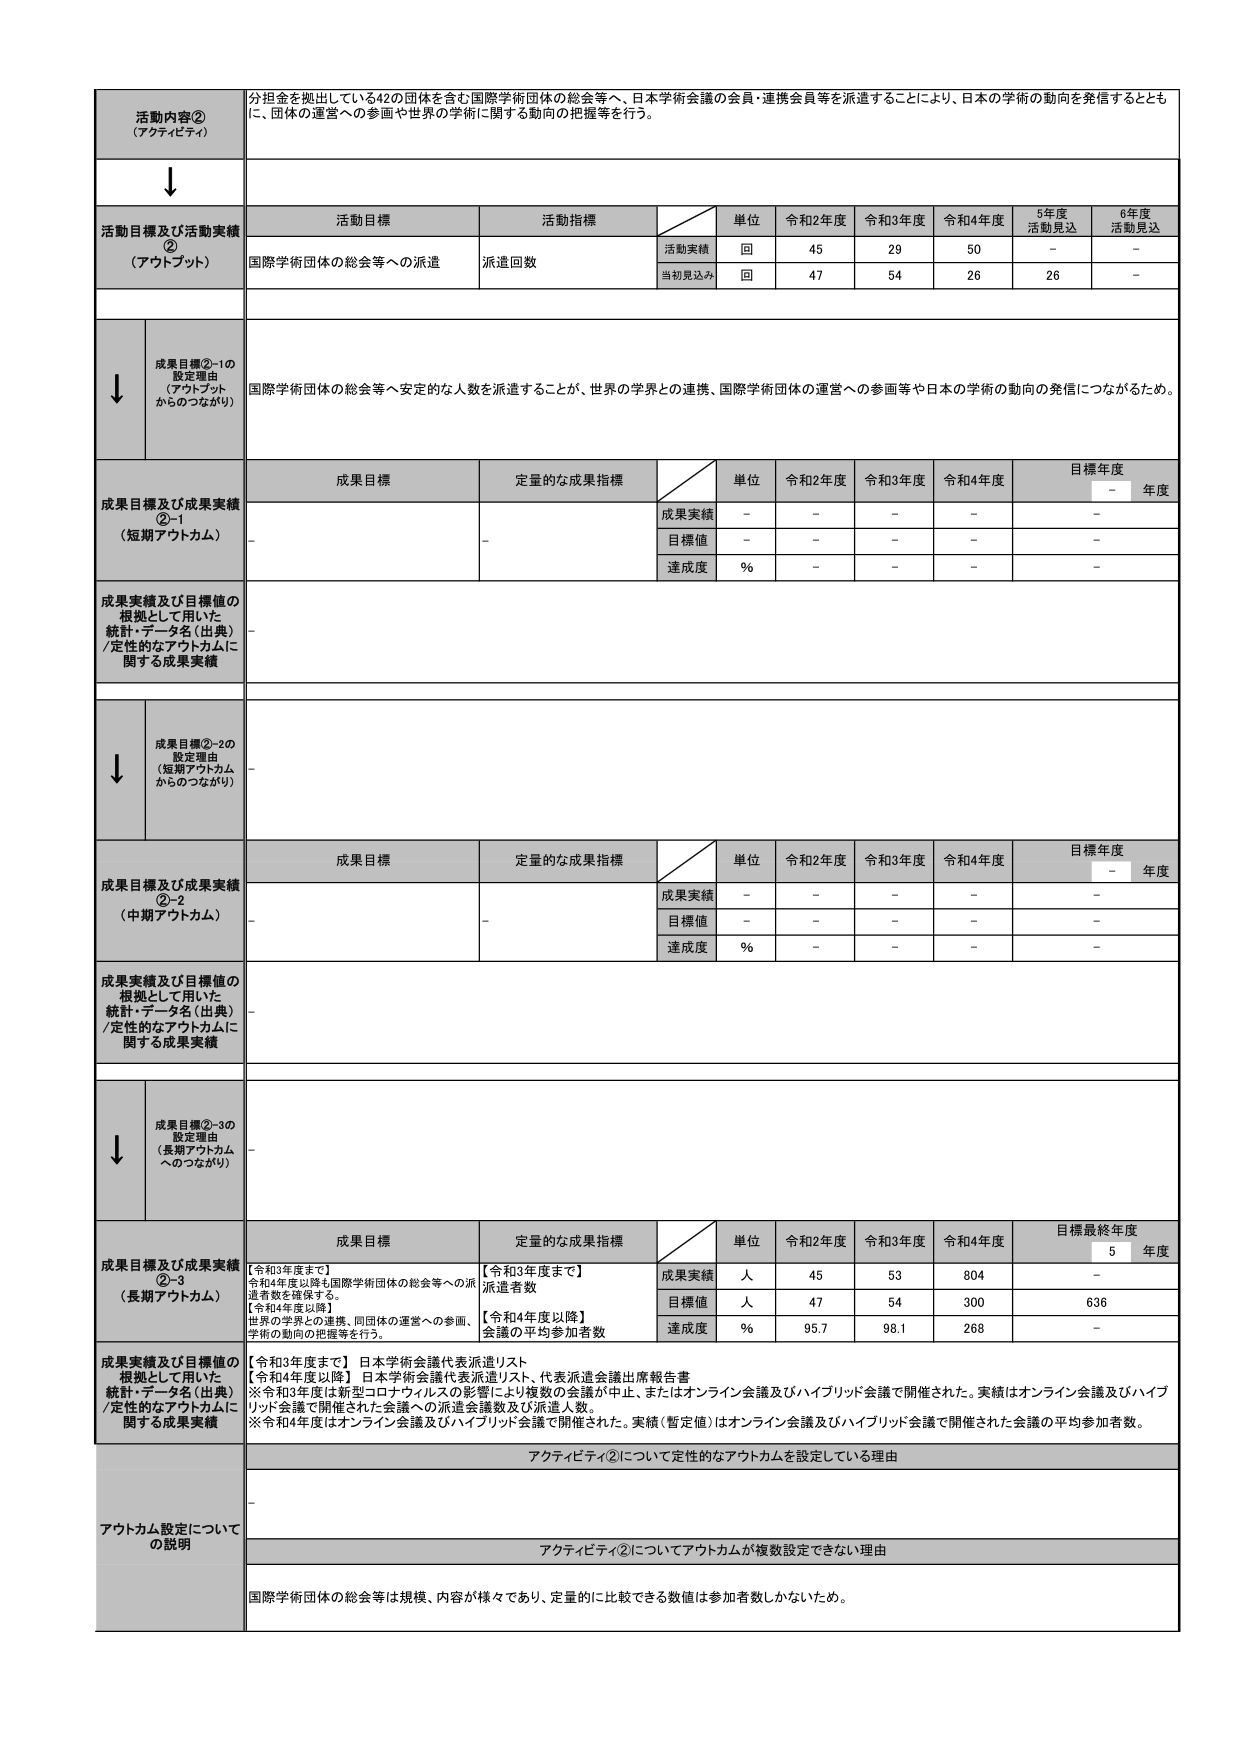
活動内容②
（アクティビティ）

分担金を拠出している42の団体を含む国際学術団体の総会等へ、日本学術会議の会員・連携会員等を派遣することにより、日本の学術の動向を発信するとともに、団体の運営への参画や世界の学術に関する動向の把握等を行う。

↓

活動目標及び活動実績②
（アウトプット）

活動目標
活動指標
単位
令和2年度
令和3年度
令和4年度
5年度
活動見込
6年度
活動見込

国際学術団体の総会等への派遣
派遣回数
活動実績
回
45
29
50
－
－
当初見込み
回
47
54
26
26
－

↓

成果目標②-1の
設定理由
（アウトプット
からのつながり）

国際学術団体の総会等へ安定的な人数を派遣することが、世界の学界との連携、国際学術団体の運営への参画等や日本の学術の動向の発信につながるため。

成果目標及び成果実績②-1
（短期アウトカム）

成果目標
定量的な成果指標
単位
令和2年度
令和3年度
令和4年度
目標年度
－
年度

成果実績
－
－
－
－
－
目標値
－
－
－
－
－
達成度
％
－
－
－
－

成果実績及び目標値の
根拠として用いた
統計・データ名（出典）
/定性的なアウトカムに
関する成果実績

－

↓

成果目標②-2の
設定理由
（短期アウトカム
からのつながり）

－

成果目標及び成果実績②-2
（中期アウトカム）

成果目標
定量的な成果指標
単位
令和2年度
令和3年度
令和4年度
目標年度
－
年度

成果実績
－
－
－
－
－
目標値
－
－
－
－
－
達成度
％
－
－
－
－

成果実績及び目標値の
根拠として用いた
統計・データ名（出典）
/定性的なアウトカムに
関する成果実績

－

↓

成果目標②-3の
設定理由
（長期アウトカム
へのつながり）

－

成果目標及び成果実績②-3
（長期アウトカム）

成果目標
定量的な成果指標
単位
令和2年度
令和3年度
令和4年度
目標最終年度
5
年度

【令和3年度まで】
令和4年度以降も国際学術団体の総会等への派遣者数を確保する。
【令和4年度以降】
世界の学界との連携、同団体の運営への参画、
学術の動向の把握等を行う。

【令和3年度まで】
派遣者数
成果実績
人
45
53
804
－
目標値
人
47
54
300
636
達成度
％
95.7
98.1
268
－

成果実績及び目標値の
根拠として用いた
統計・データ名（出典）
/定性的なアウトカムに
関する成果実績

【令和3年度まで】 日本学術会議代表派遣リスト
【令和4年度以降】 日本学術会議代表派遣リスト、代表派遣会議出席報告書
※令和3年度は新型コロナウイルスの影響により複数の会議が中止、またはオンライン会議及びハイブリッド会議で開催された。実績はオンライン会議及びハイブリッド会議で開催された会議への派遣会議数及び派遣人数。
※令和4年度はオンライン会議及びハイブリッド会議で開催された。実績（暫定値）はオンライン会議及びハイブリッド会議で開催された会議の平均参加者数。

アウトカム設定について
の説明

アクティビティ②について定性的なアウトカムを設定している理由

－

アクティビティ②についてアウトカムが複数設定できない理由

国際学術団体の総会等は規模、内容が様々であり、定量的に比較できる数値は参加者数しかないため。